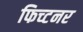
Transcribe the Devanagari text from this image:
फिच्टनर